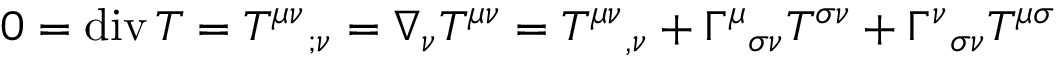
0 = \operatorname { d i v } T = T ^ { \mu \nu } { } _ { ; \nu } = \nabla _ { \nu } T ^ { \mu \nu } = T ^ { \mu \nu } { } _ { , \nu } + \Gamma ^ { \mu } { } _ { \sigma \nu } T ^ { \sigma \nu } + \Gamma ^ { \nu } { } _ { \sigma \nu } T ^ { \mu \sigma }